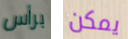
برأس يمكن